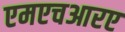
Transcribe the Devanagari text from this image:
एमएचआरए